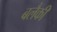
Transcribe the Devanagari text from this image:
बलैकी